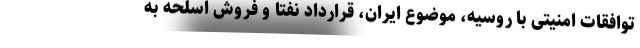
توافقات امنیتی با روسیه، موضوعِ ایران، قرارداد نفتا و فروش اسلحه به